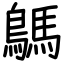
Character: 鷌